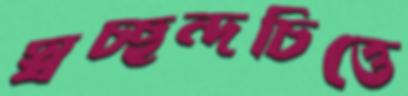
স্বচ্ছন্দচিত্তে